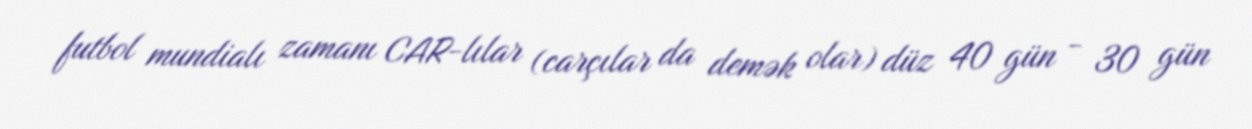
futbol mundialı zamanı CAR-lılar (carçılar da demək olar) düz 40 gün - 30 gün